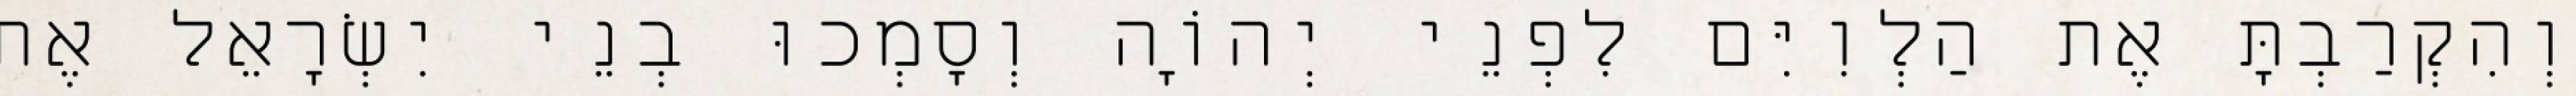
וְהִקְרַבְתָּ אֶת הַלְוִיִּם לִפְנֵי יְהוָֹה וְסָמְכוּ בְנֵי יִשְׂרָאֵל אֶת